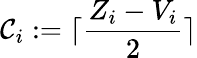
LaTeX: \mathcal{C}_{i}:=\lceil\frac{{Z_{i}-V_{i}}}{{2}}\rceil